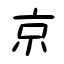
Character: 京